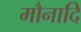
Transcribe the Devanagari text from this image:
मौनादि